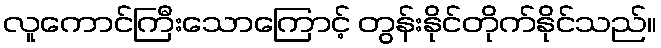
လူကောင်ကြီးသောကြောင့် တွန်းနိုင်တိုက်နိုင်သည်။